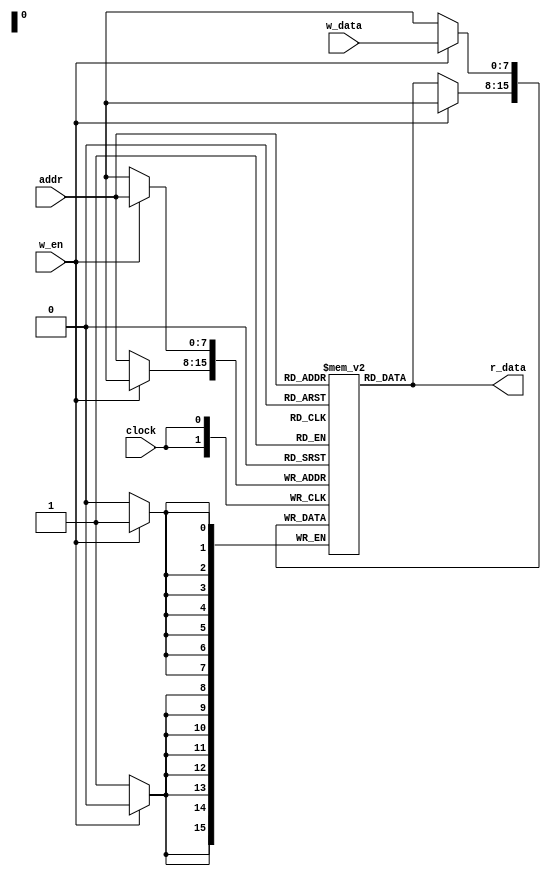
module data_mem(addr, w_data, w_en, r_data, clock);
    input [7:0] addr;
    input [7:0] w_data;
    input w_en;
    input clock;
    output [7:0] r_data;

    reg [7:0] mem[0:255];
    
    assign r_data = mem[addr];

    always @(posedge clock) begin
        if(w_en) begin
            mem[addr] <= w_data;
        end else begin
            mem[addr] <= mem[addr];
        end
    end
endmodule